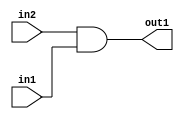
`timescale 1ps / 1ps
/*****************************************************************************
    Verilog RTL Description
    
    
    Created by: Stratus DpOpt 2019.1.01 
*******************************************************************************/

module st_weight_addr_gen_And_1Ux1U_1U_4_9 (
	in2,
	in1,
	out1
	); /* architecture "behavioural" */ 
input  in2,
	in1;
output  out1;
wire  asc001;

assign asc001 = 
	(in2)
	&(in1);

assign out1 = asc001;
endmodule

/* CADENCE  urf5Qgs= : u9/ySgnWtBlWxVPRXgAZ4Og= ** DO NOT EDIT THIS LINE ******/